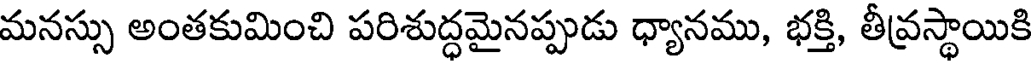
మనస్సు అంతకుమించి పరిశుద్ధమైనప్పుడు ధ్యానము, భక్తి, తీవ్రస్థాయికి